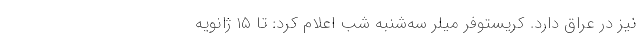
نیز در عراق دارد. کریستوفر میلر سه‌شنبه شب اعلام کرد: تا ۱۵ ژانویه